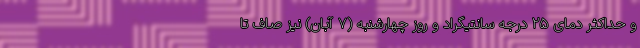
و حداکثر دمای ۲۵ درجه سانتیگراد و روز چهارشنبه (۷ آبان) نیز صاف تا